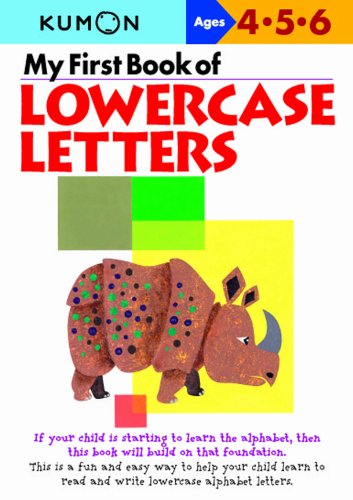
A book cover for My First Book of Lowercase Letters; Kumon; Education & Teaching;